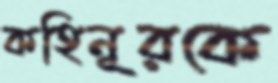
কহিনূরকে